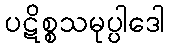
ပဋိစ္စသမုပ္ပါဒေါ